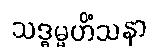
သဒ္ဓမ္မဟိံသနာ